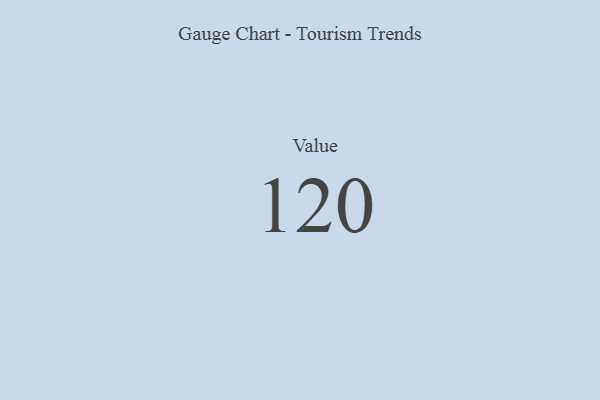
{"axis": {"x": "Metric", "y": "Value"}, "legend": [""], "data": [{"x": "Value", "y": 120, "type": ""}]}